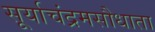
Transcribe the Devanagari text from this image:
सूर्याचंद्रमसौधाता